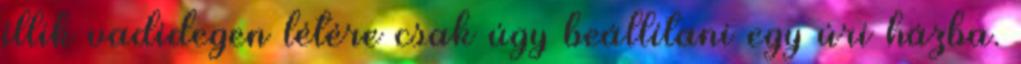
illik vadidegen létére csak úgy beállítani egy úri házba.